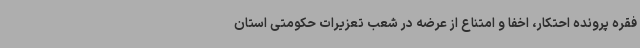
فقره پرونده احتکار، اخفا و امتناع از عرضه در شعب تعزیرات حکومتی استان